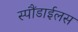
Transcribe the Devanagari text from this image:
स्पौंडाईलस